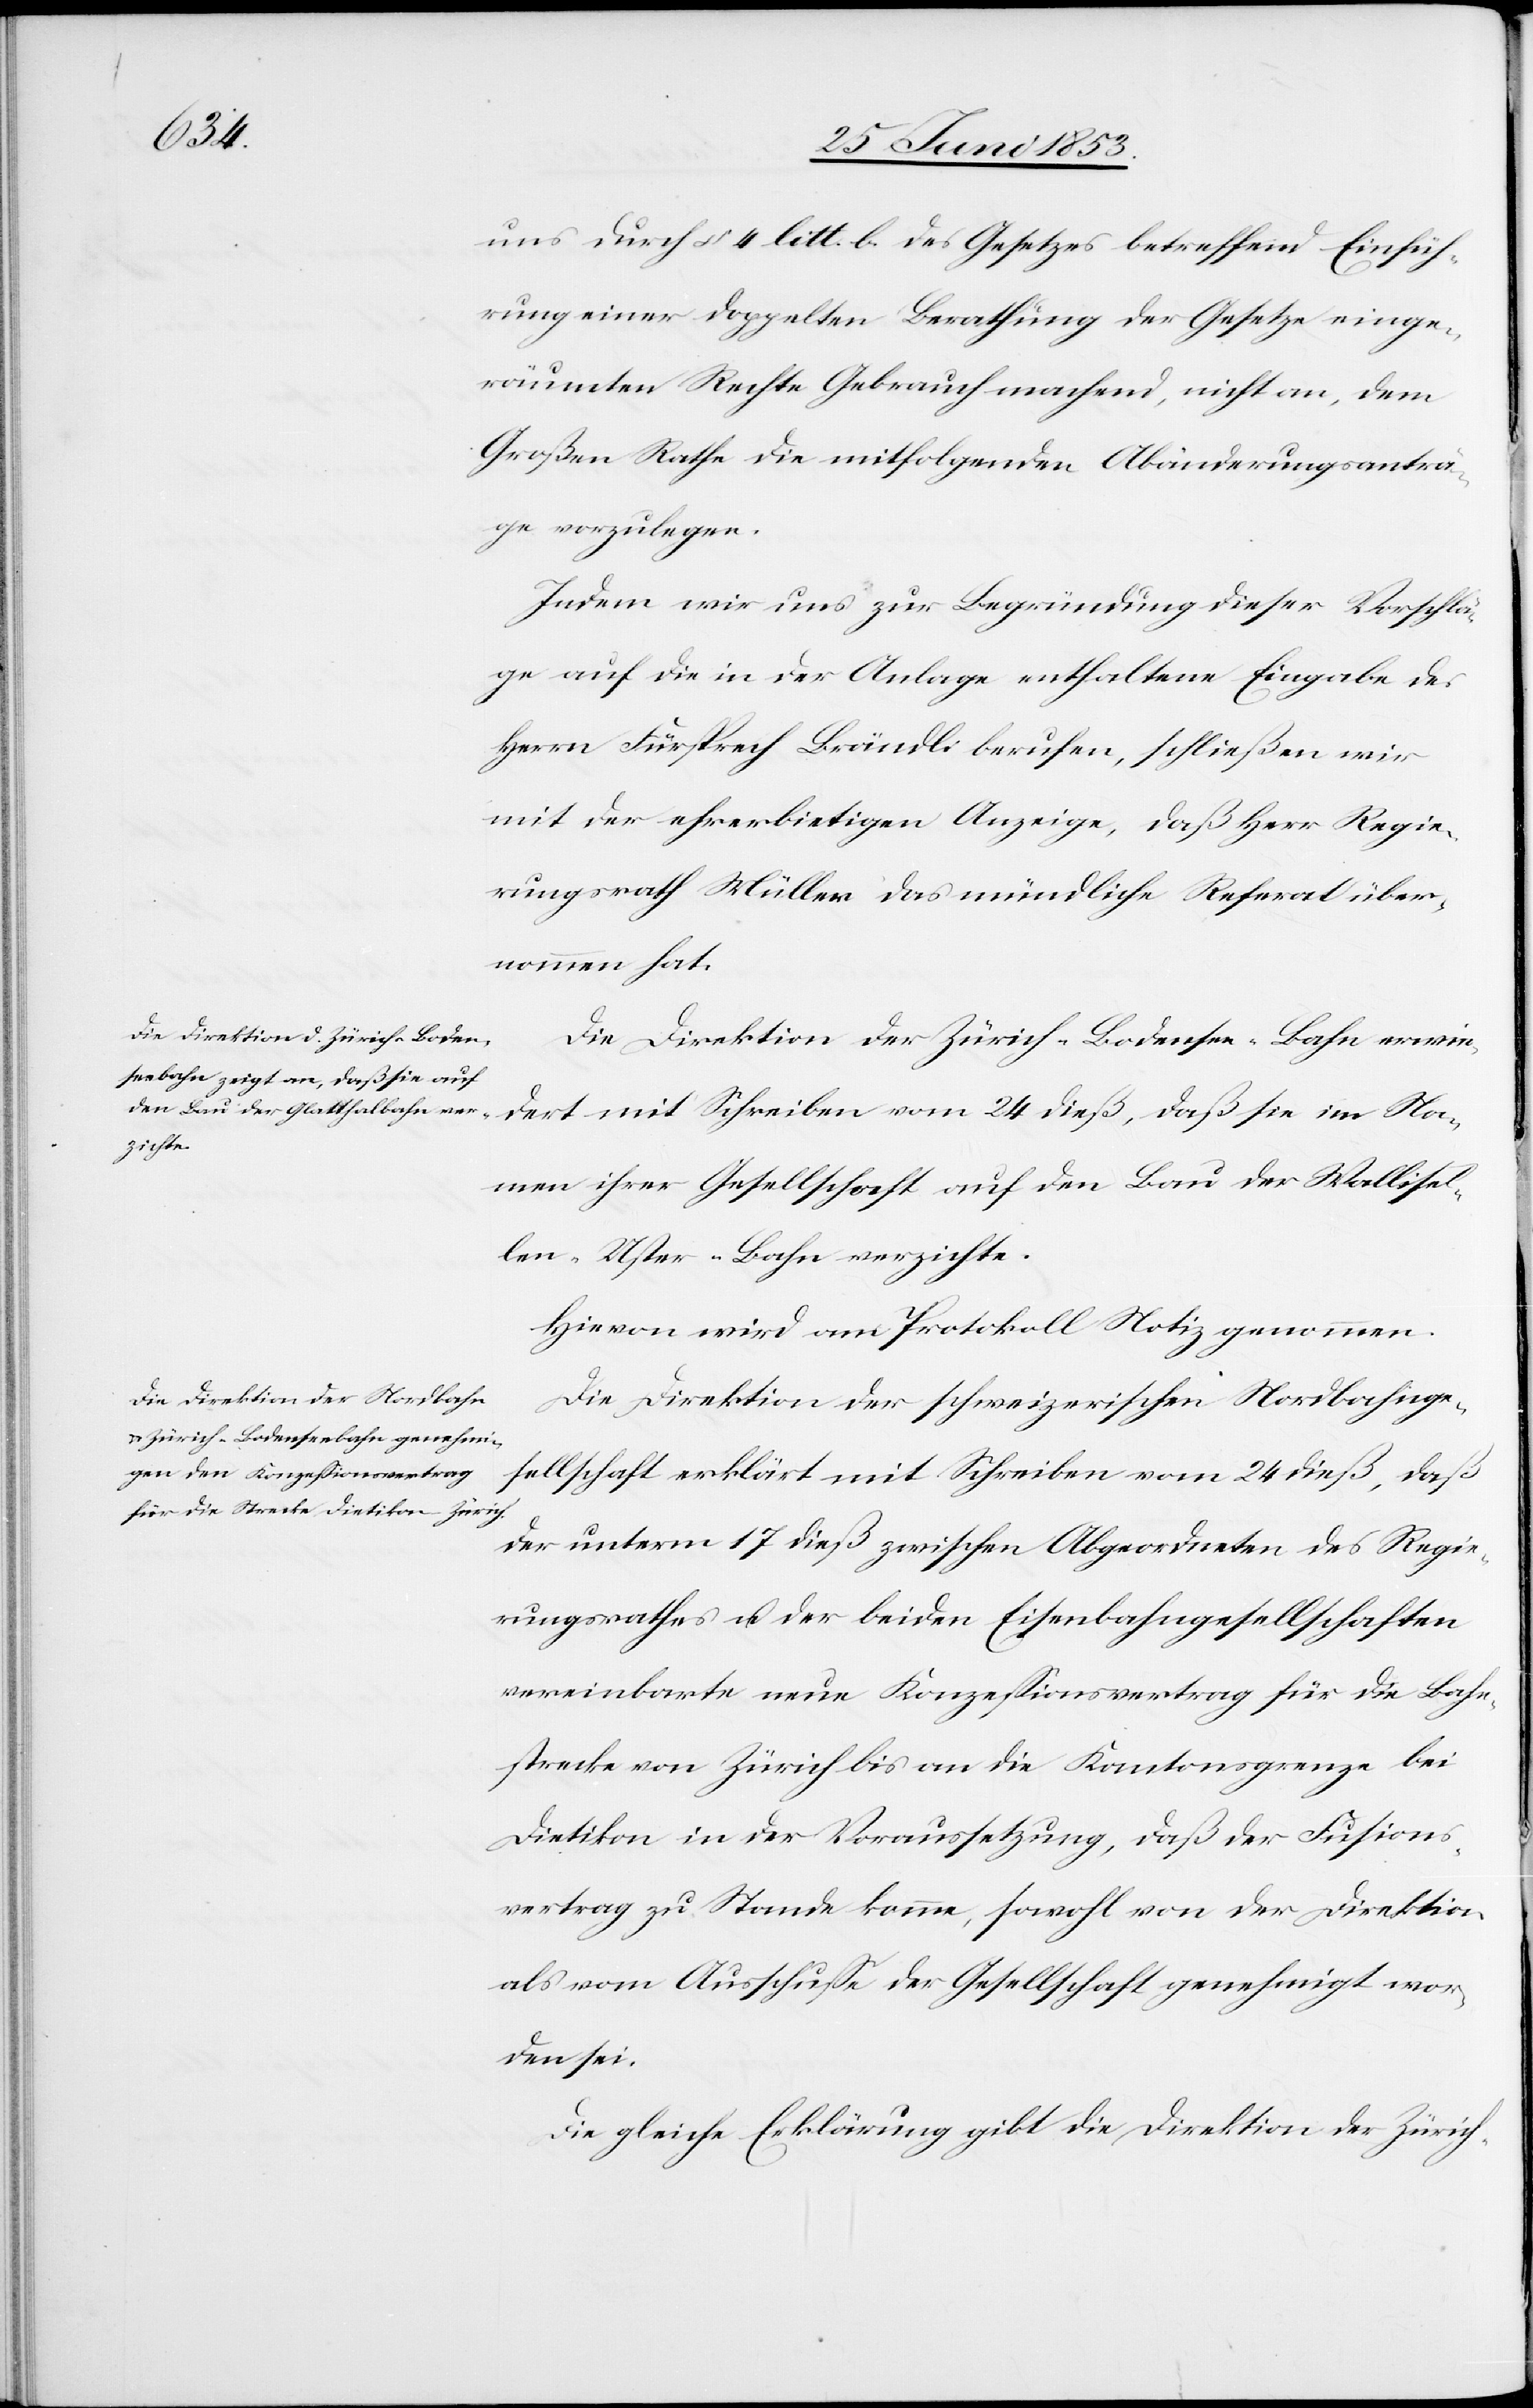
uns durch § 4 litt. b. des Gesetzes betreffend Einfüh¬
rung einer doppelten Berathung der Gesetze einge¬
räumten Rechte Gebrauch machend, nicht an, dem
Großen Rathe die mitfolgenden Abänderungsanträ¬
ge vorzulegen.
Indem wir uns zur Begründung dieser Vorschlä¬
ge auf die in der Anlage enthaltene Eingabe des
Herrn Fürsprech Brändli berufen, schließen wir
mit der ehrerbietigen Anzeige, daß Herr Regie¬
rungsrath Müller das mündliche Referat über¬
nommen hat.
Die Direktion der Zürich-Bodensee-Bahn erwiedert
Namen ihrer Gesellschaft auf den Bau der Wallisel¬
len-Uster-Bahn verzichte.
Hievon wird am Protokoll Notiz genommen.
Die Direktion der schweizerischen Nordbahnge¬
sellschaft erklärt mit Schreiben vom 24 dieß, daß
der unterm 17 dieß zwischen Abgeordneten des Regie¬
rungsrathes u. der beiden Eisenbahngesellschaften
vereinbarte neue Konzeßionsvertrag für die Bahn¬
strecke von Zürich bis an die Kantonsgrenze bei
Dietikon in der Voraussetzung, daß der Fusions¬
vertrag zu Stande komme, sowohl von der Direktion
als vom Ausschuße der Gesellschaft genehmigt wor¬
den sei.
Die gleiche Erklärung gibt die Direktion der Zürich-